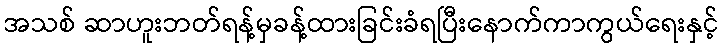
အသစ် ဆာဟူးဘတ်ရန့်မှခန့်ထားခြင်းခံရပြီးနောက်ကာကွယ်ရေးနှင့်